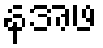
နအဖ